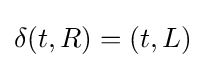
\delta (t,R)=(t,L)